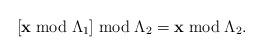
LaTeX: \begin{align*}\left[\mathbf{x}\bmod\Lambda_{1}\right]\bmod\Lambda_{2}=\mathbf{x}\bmod\Lambda_{2}.\end{align*}